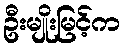
ဦးမျိုးမြင့်က